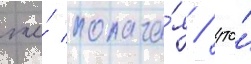
же́ полага́я / что́